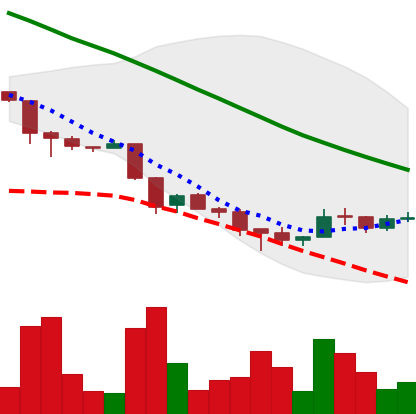
Ticker: ADA-USD
Chart end date: 2018-12-02
Forward return: -28.336%
Label: down_7plus